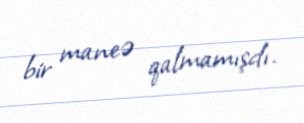
bir maneə qalmamışdı.